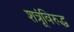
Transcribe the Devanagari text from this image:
शत्रूंविरुद्ध